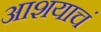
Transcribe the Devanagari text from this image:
आशयाचं